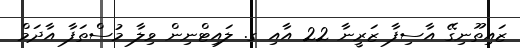
ޒައިތޫނިގޭ އާސިފާ ޒަރީނާ 22 އާއި ގ. ލައިޓްނިން ވިލާ މުސްތަފާ އާދަމް